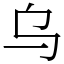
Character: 乌